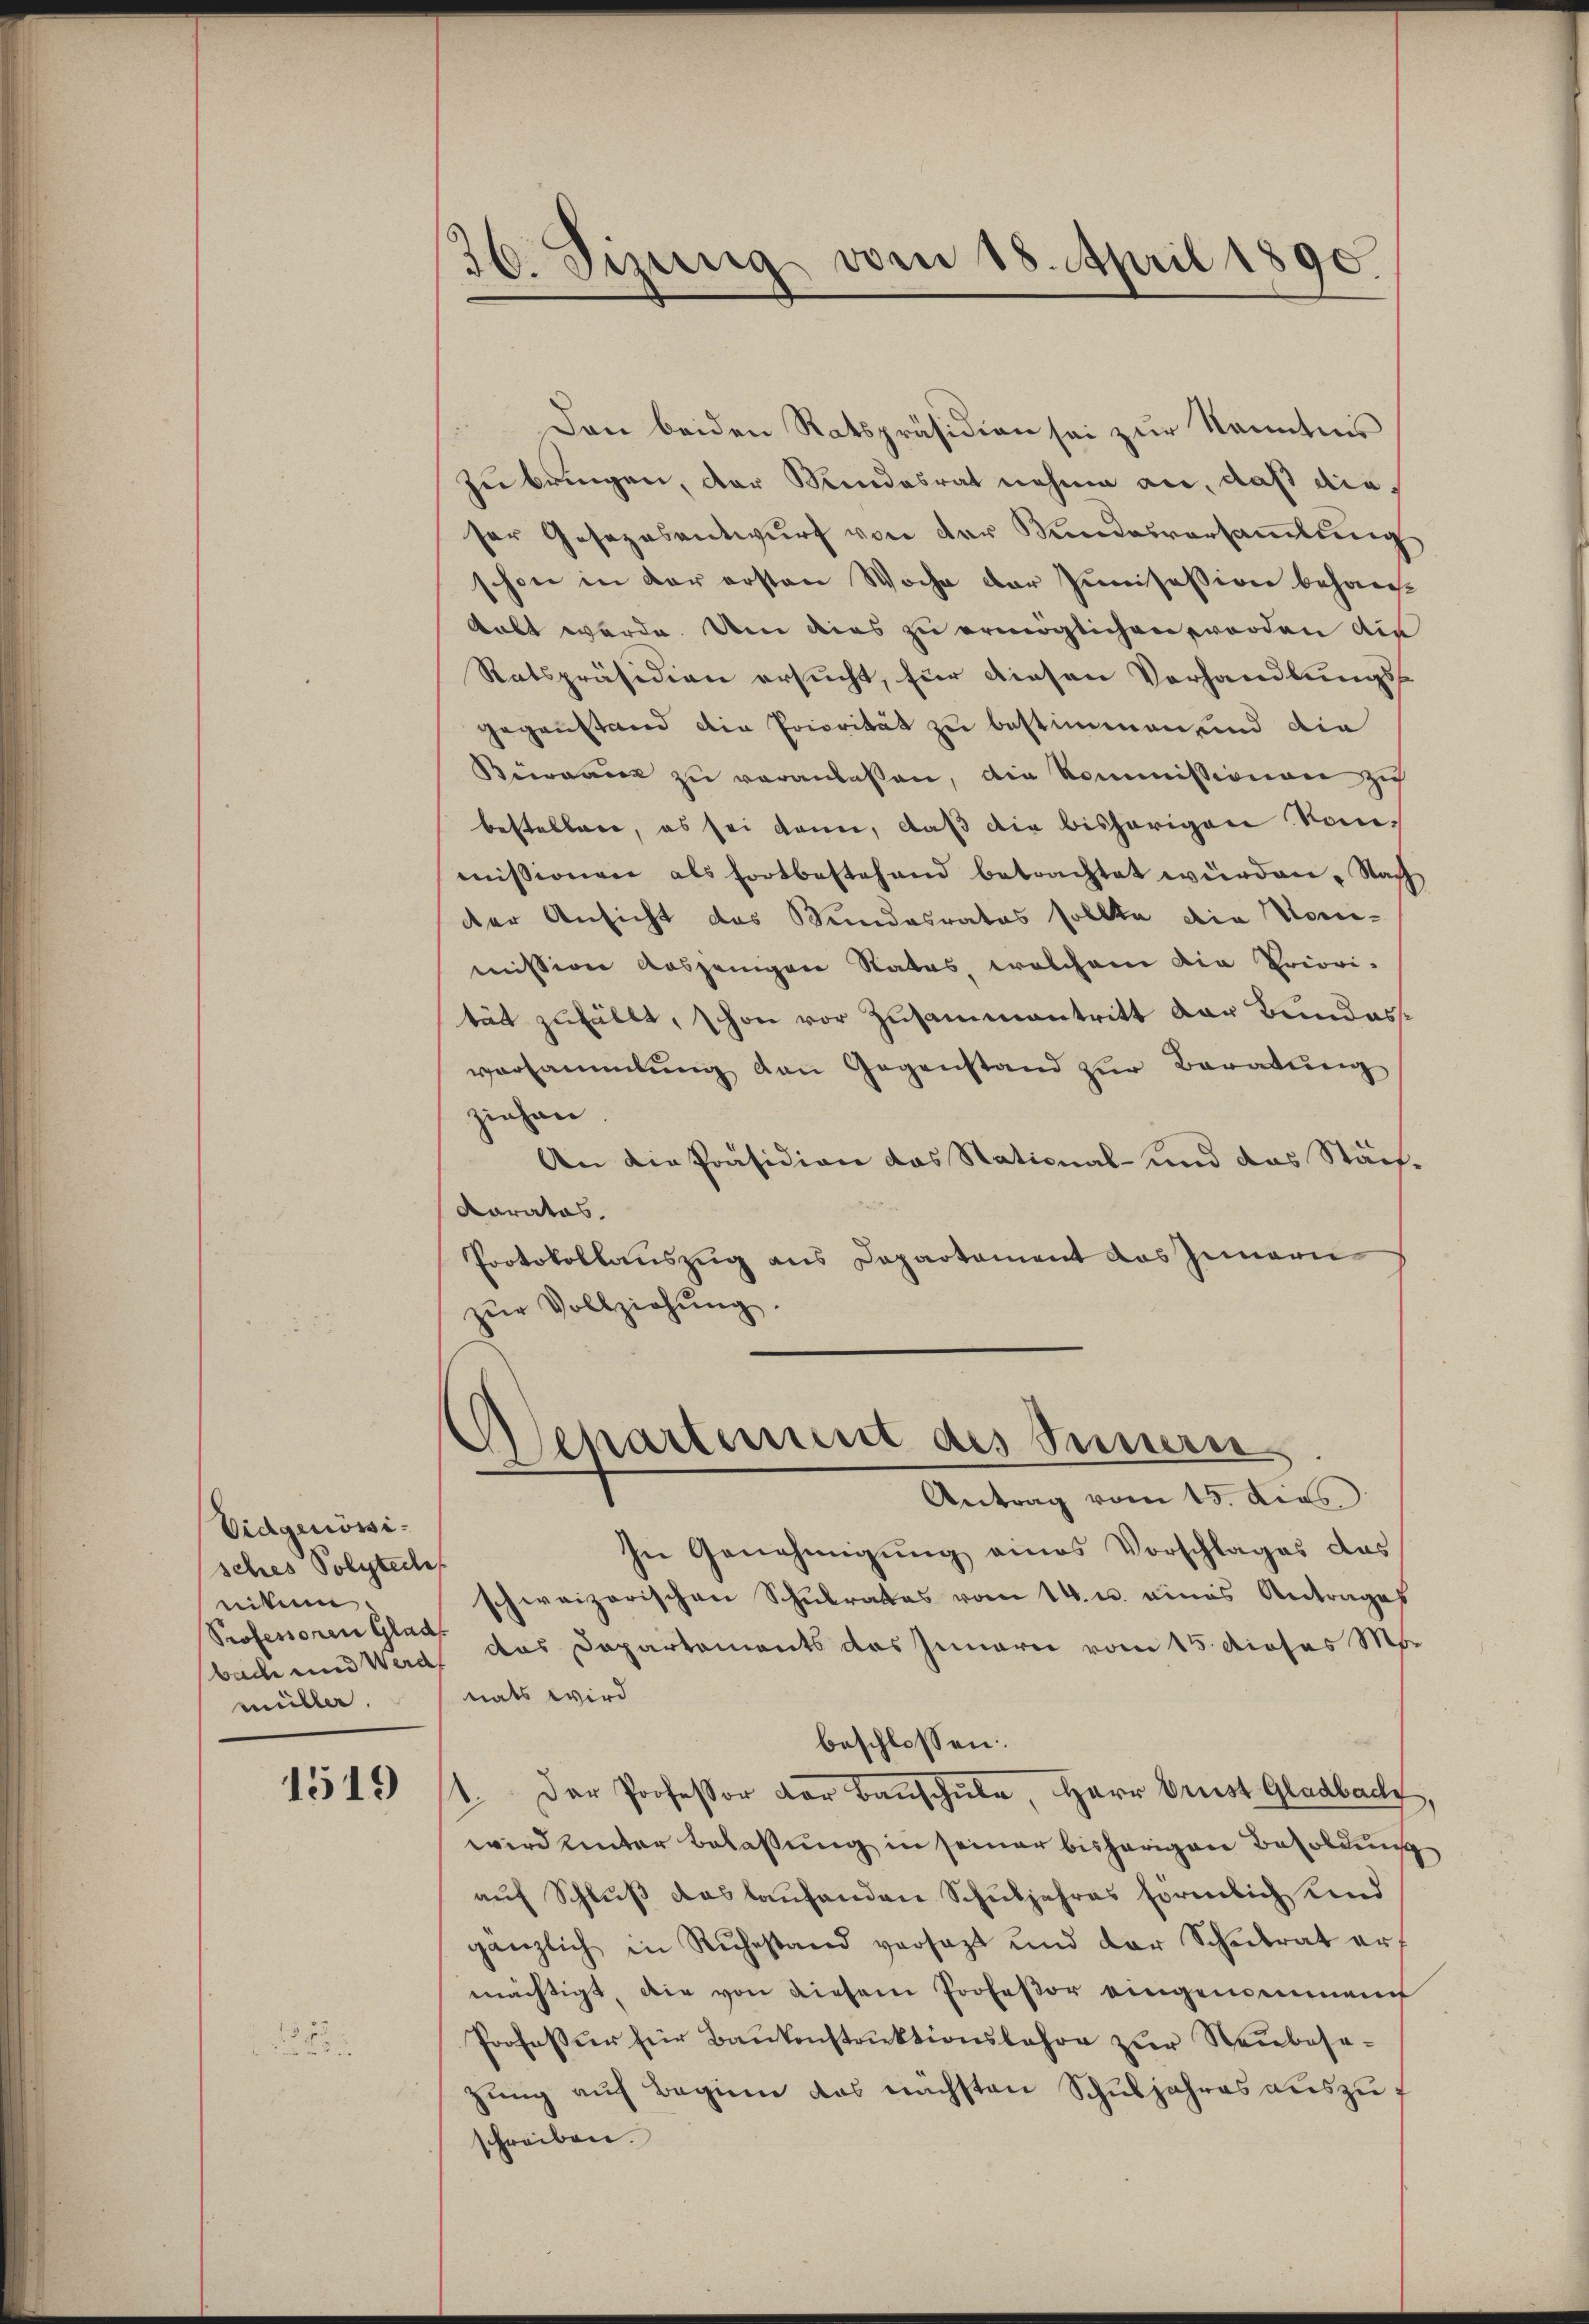
Eidgenösisches Polytecher
nitum.
Professoren Glad
müller.

1519

36. Dizung vom 18. April 1890.

Den beiden Ratspräsidien sei zur Kenntnis
zu bringen, der Mindesrat nehme an, daß dieser Gesezesentwurf von der Kundesversammlung
schon in der ersten Woche der Junisession behaugabt werde. Um dies zu ermöglichen worden die
Ratspräsidien ersucht, für diesen Vorhandlungsgegenstand die Priorität zu bestimmen, und die
Bewann zu veranlassen, die Kommissionen zu
bestellene, es sei kann, daß die bisherigen Konmissionen als fortbestehend betrachtet würden. Nach
der Ansicht das Stundesrates sollte die Nomimissigen Ausjenigen Rates, welchem die Priori-
tät zufällt, schon vor Zusammentritt der Bundesversammlung den Gegenstand zur Beratung
ziehen.
An die Präsidion das Stational- und das Stäch¬
Karatos.
Protokollauszug aus Departement das Innern
zŭr Vollziehŭng.
Aschartemmt als Sinnern
Antrag vom 15. dies
In Genehmigung eines Vorschlages das
schweizerischen Schulrates vom 14. u. eines Antrages
bach und Werd das Departements das Innerei vom 15. dieses Ms.
nats wird
beschlossen:
1. Der Professor der Bauschule, Herr Brust Gladbach,
wird hinter Belassung in seiner bisherigen Besoldung
auf Schluß das laufenden Schuljahres förmlich Kind
gänzlich in Rŭhestand versatzt und der Schulrat er
mächtigt, die von diesem Professor eingemeinen
Profeßur für Baukenstruktionslehre zur Neubesazung auf Beginn das nächsten Schuljahres auszuf
schreiben.